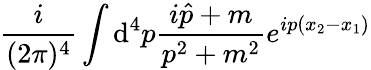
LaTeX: \frac{i}{(2\pi)^{4}}\int{\mathrm d}^{4}p\frac{i\hat{p}+m}{p^{2}+m^{2}}e^{ip(x_{2}-x_{1})}